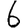
Digit: 6